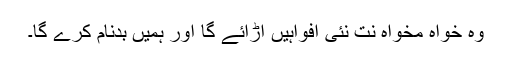
وہ خواہ مخواہ نت نئی افواہیں اڑائے گا اور ہمیں بدنام کرے گا۔